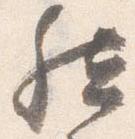
然